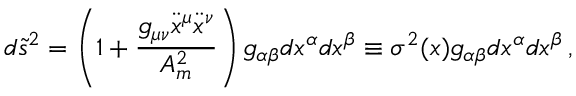
d \tilde { s } ^ { 2 } = \left( 1 + \frac { g _ { \mu \nu } \ddot { x } ^ { \mu } \ddot { x } ^ { \nu } } { { \cal A } _ { m } ^ { 2 } } \right) g _ { \alpha \beta } d x ^ { \alpha } d x ^ { \beta } \equiv \sigma ^ { 2 } ( x ) g _ { \alpha \beta } d x ^ { \alpha } d x ^ { \beta } \, { , }